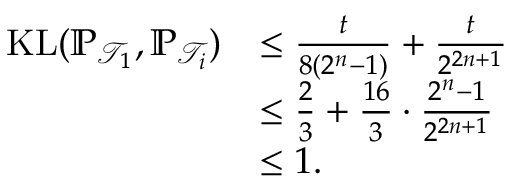
\begin{array} { r l } { \mathrm { K L } ( \mathbb { P } _ { \mathcal { T } _ { 1 } } , \mathbb { P } _ { \mathcal { T } _ { i } } ) } & { \le \frac { t } { 8 ( 2 ^ { n } - 1 ) } + \frac { t } { 2 ^ { 2 n + 1 } } } \\ & { \le \frac { 2 } { 3 } + \frac { 1 6 } { 3 } \cdot \frac { 2 ^ { n } - 1 } { 2 ^ { 2 n + 1 } } } \\ & { \le 1 . } \end{array}